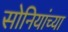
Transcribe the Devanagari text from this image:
सोनियांच्या